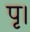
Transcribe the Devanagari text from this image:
पृ।